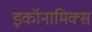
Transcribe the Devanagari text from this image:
इकॉनामिक्स